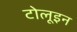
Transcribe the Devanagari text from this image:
टोलूइन